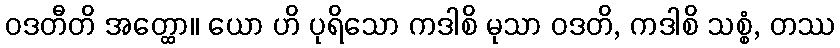
ဝဒတီတိ အတ္ထော။ ယော ဟိ ပုရိသော ကဒါစိ မုသာ ဝဒတိ, ကဒါစိ သစ္စံ, တဿ